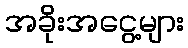
အခိုးအငွေ့များ